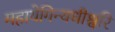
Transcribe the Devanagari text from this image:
महायेगिन्यधीश्वरि